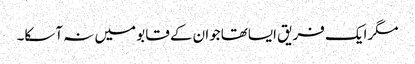
مگرایک فریق ایساتھاجوان کے قابو میں نہ آسکا۔